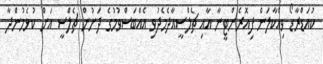
ކުއަޑްރާޑޯ ވިއްކާލަން ފިއޮރެންޓީނާ އާއި ޗެލްސީއާދެމެދުވި އެއްބަސްވުމުގެ ދަށުން ޗެލްސީ އަަށް ކުޅެމުންދާ